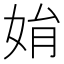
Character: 姢